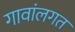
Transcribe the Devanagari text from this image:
गावांलगत